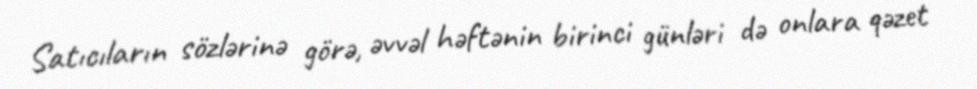
Satıcıların sözlərinə görə, əvvəl həftənin birinci günləri də onlara qəzet